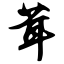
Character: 茸